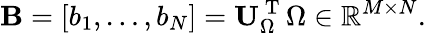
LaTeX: {\mathbf B}=[b_{1},\ldots,b_{N}]={\mathbf U}_{\Omega}^{\mathrm{~T~}}{\Omega}\in\mathbb{R}^{M\times N}.